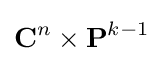
\mathbf {C} ^{n}\times \mathbf {P} ^{k-1}